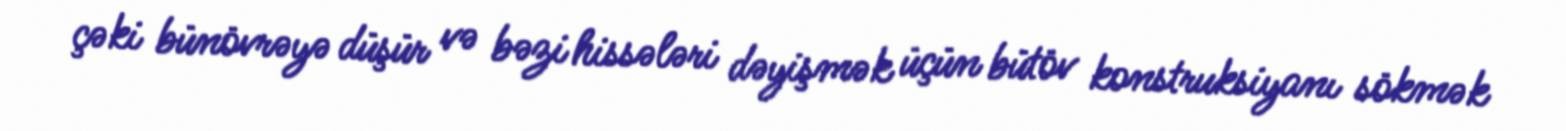
çəki bünövrəyə düşür və bəzi hissələri dəyişmək üçün bütöv konstruksiyanı sökmək